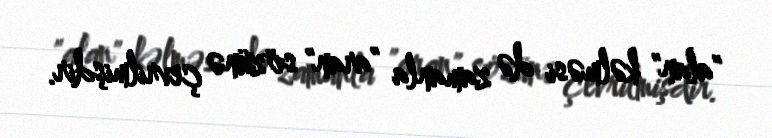
"alan" kəlməsi də zamanla "aran" sözünə çevrilmişdir.